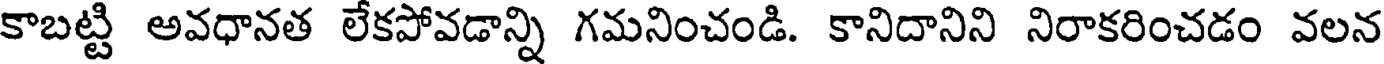
కాబట్టి అవధానత లేకపోవడాన్ని గమనించండి. కానిదానిని నిరాకరించడం వలన